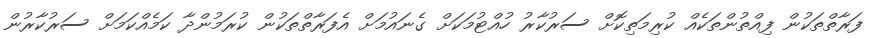
ފަރާތްތަކުން ފިއްތުންތަކެއް ކުރިމަތިކޮށް ސަރުކާރު ހުއްޓުމަކަށް ގެނައުމަށް އެފަރާތްތަކުން ކުރަމުންދާ ކަމެއްކަމަށް ސަރުކާރުން